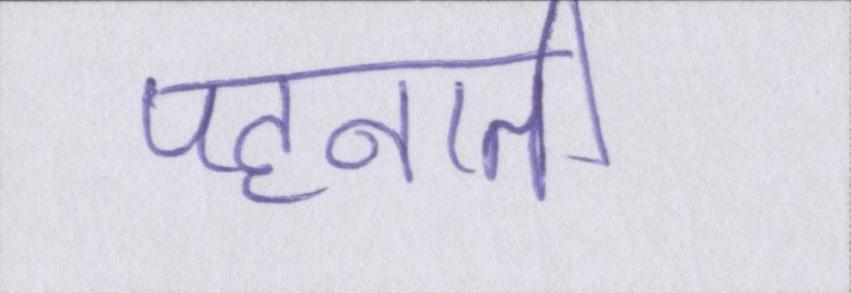
पहनाती